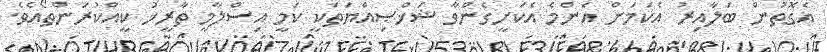
އެގޮތުން ބަލާއިރު އެކަމަށް އެންމެ އެކަށީގެންވާ ޝަޚްޞިއްޔަތަކީ ކަމީ އިސްލާމީ ތާރީޚު ކީއްކުރަންތޯއެވެ.